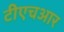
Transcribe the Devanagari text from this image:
टीएचआर